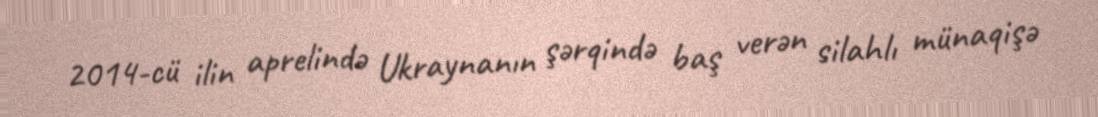
2014-cü ilin aprelində Ukraynanın şərqində baş verən silahlı münaqişə